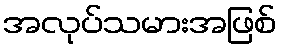
အလုပ်သမားအဖြစ်